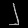
Digit: ၂